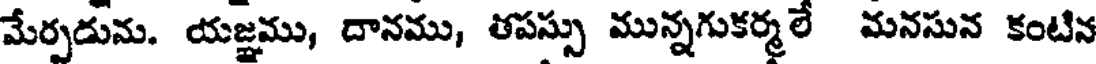
మేర్పడును. యజ్ఞము, దానము, తపస్సు మున్నగుకర్మలే మనసున కంటిన